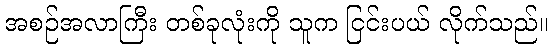
အစဉ်အလာကြီး တစ်ခုလုံးကို သူက ငြင်းပယ် လိုက်သည်။